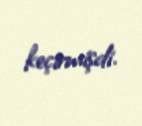
keçirmişdi.